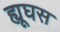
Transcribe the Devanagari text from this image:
ह्यूघस